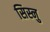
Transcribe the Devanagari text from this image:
सिस्नु